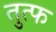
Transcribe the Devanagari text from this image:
तुत्फ